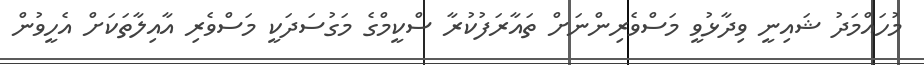
މުހައްމަދު ޝައިނީ ވިދާޅުވީ މަސްވެރިންނަށް ތައާރަފުކުރާ ސްކީމްގެ މަގުސަދަކީ މަސްވެރި އާއިލާތަކަށް އެހީވުން